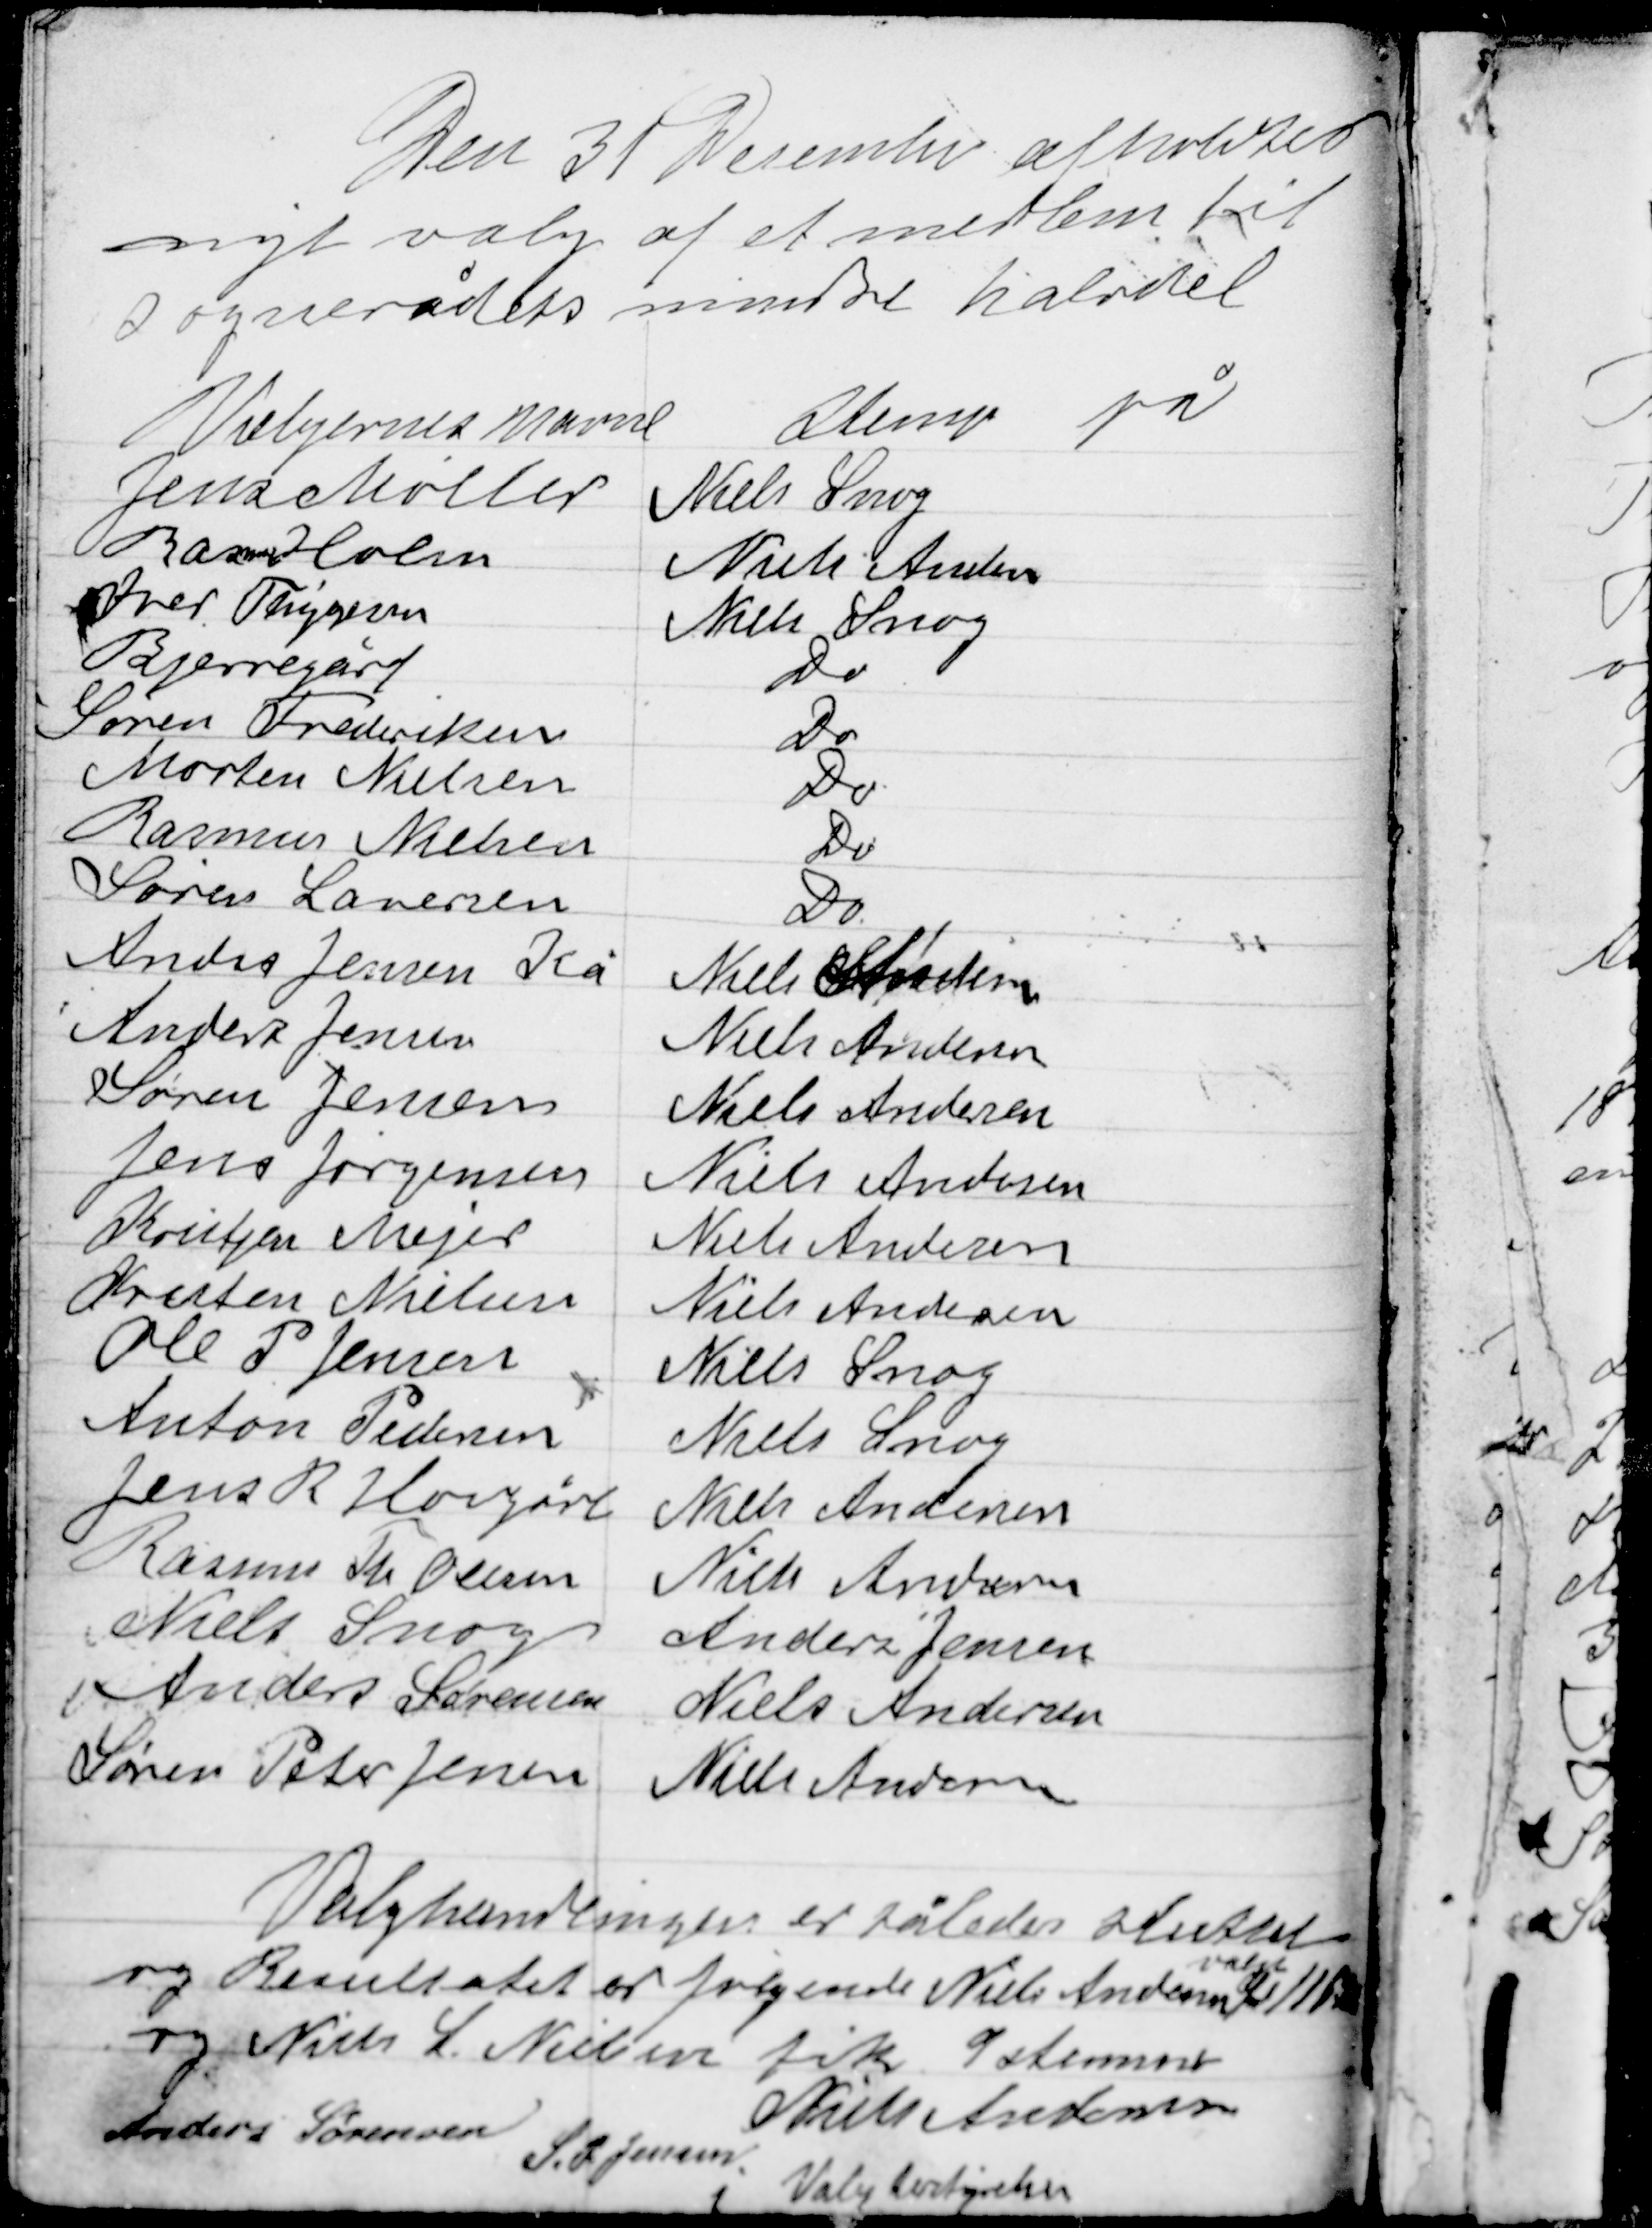
Transskription:
Den 31 Desember afholdtes
nyt valg af et medlem til
sognerådets mindre halvdel

Valghandlingen er således sluttet
og Resultatet er følgende Nielsen Andersen
valgt
med 11 stemmer
og Niels S Nielsen fik 9 stemmer
Anders Sørensen
Niels Andersen
S P Jensen
Valgbestyrelsen